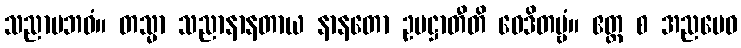
သညာပဘဝံ။ တသ္မာ သညာနာနတာယ နာနတော ဥပဋ္ဌာတီတိ ဝေဒိတဗ္ဗံ။ ဧတ္ထ စ အညမေဝ